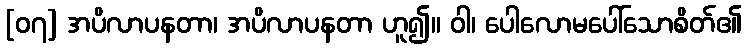
[၀၇] အပိလာပနတာ၊ အပိလာပနတာ ဟူ၍။ ဝါ၊ ပေါလောမပေါ်သောစိတ်၏